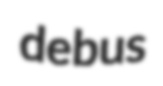
debus